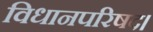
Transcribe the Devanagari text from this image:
विधानपरिषद।